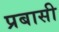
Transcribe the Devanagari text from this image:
प्रबासी